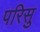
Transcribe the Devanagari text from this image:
परिसु